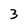
Character: 3